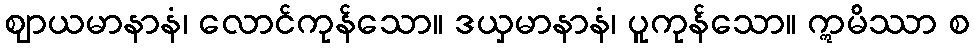
ဈာယမာနာနံ၊ လောင်ကုန်သော။ ဒယှမာနာနံ၊ ပူကုန်သော။ ဣမိဿာ စ